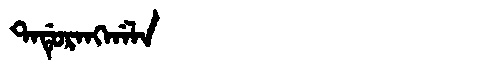
Manchu: ᡨᠠᡩᡠᡵᠠᠩᡤᠠᠯᠠ
Romanization: TADURANGGALA